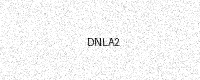
Text: DNLA2